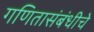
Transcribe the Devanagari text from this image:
गणितासंबंधीचे